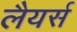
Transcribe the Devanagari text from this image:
लैयर्स